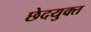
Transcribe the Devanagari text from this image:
छेदयुक्त